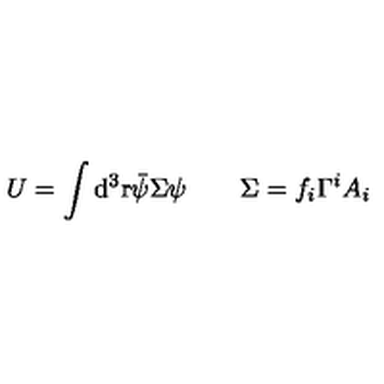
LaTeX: U = \int \mathrm { d } ^ { 3 } \mathrm { r } \bar { \psi } \/ \Sigma \psi \qquad \Sigma = f _ { i } \Gamma ^ { i } A _ { i }